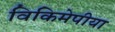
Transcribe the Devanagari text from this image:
विकिमेपीया